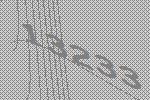
13233